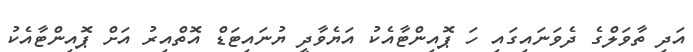
އަދި ތާވަލްގެ ދެވަނައިގައި ހަ ޕޮއިންޓާއެކު އަޔެވާދީ ޔުނައިޓަޑް އޮތްއިރު އަށް ޕޮއިންޓާއެކު